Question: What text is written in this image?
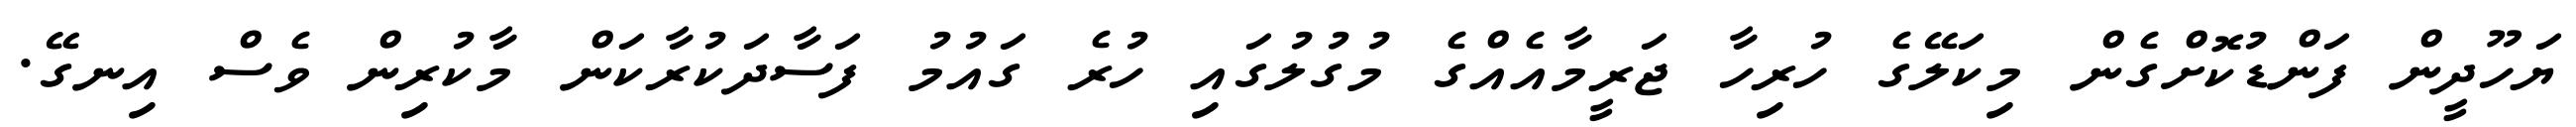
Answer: ޔަހޫދީން ފަންޑުކޮށްގެން މިކަލޭގެ ހުރިހާ ޖަރީމާއެއްގެ މުގުލުގައި ހުރެ ގައުމު ފަސާދަކުރާކަން މާކުރިން ވެސް އިނގޭ.